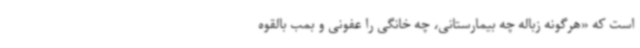
است که «هرگونه زباله چه بیمارستانی، چه خانگی را عفونی و بمب بالقوه